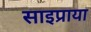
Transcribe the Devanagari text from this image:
साइप्राया